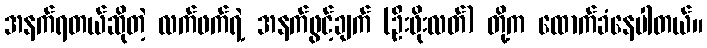
အနက်ရတယ်ဆိုတဲ့ လက်ဖက်ရဲ့ အနက်ဖွင့်ချက် (ဦးဖိုးလတ်) တို့က ထောက်ခံနေပါတယ်။